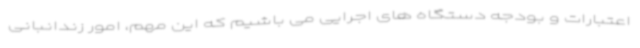
اعتبارات و بودجه دستگاه های اجرایی می باشیم که این مهم، امور زندانبانی